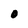
Character: O